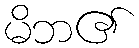
မိဘ၏